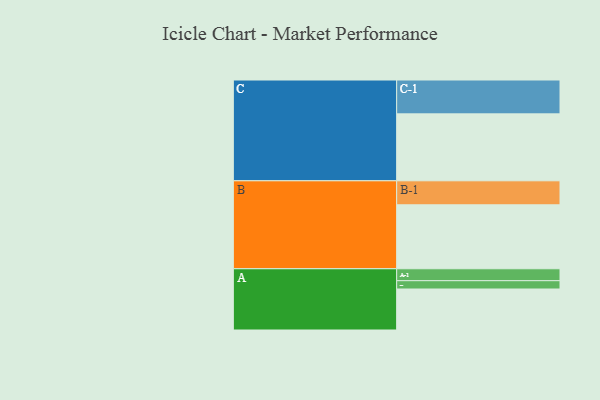
{"axis": {"x": "Segment", "y": "Value"}, "legend": ["", "A", "B", "C"], "data": [{"x": "A", "y": 316, "type": ""}, {"x": "B", "y": 493, "type": ""}, {"x": "C", "y": 516, "type": ""}, {"x": "A-1", "y": 92, "type": "A"}, {"x": "A-2", "y": 64, "type": "A"}, {"x": "B-1", "y": 185, "type": "B"}, {"x": "C-1", "y": 261, "type": "C"}]}